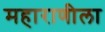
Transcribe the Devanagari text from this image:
महाराणीला